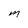
Character: M